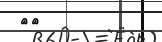
٢٠